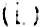
(L)